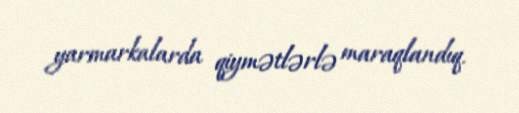
yarmarkalarda qiymətlərlə maraqlandıq.